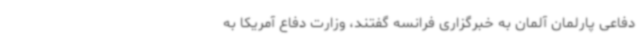
دفاعی پارلمان آلمان به خبرگزاری فرانسه گفتند، وزارت دفاع آمریکا به